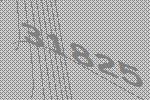
31825